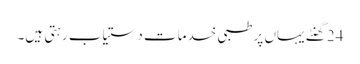
24 گھنٹے یہاں پر طبی خدمات دستیاب رہتی ہیں۔